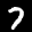
Label: 7